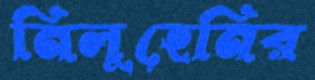
নিলুহেনির